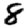
Digit: 8